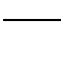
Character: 一